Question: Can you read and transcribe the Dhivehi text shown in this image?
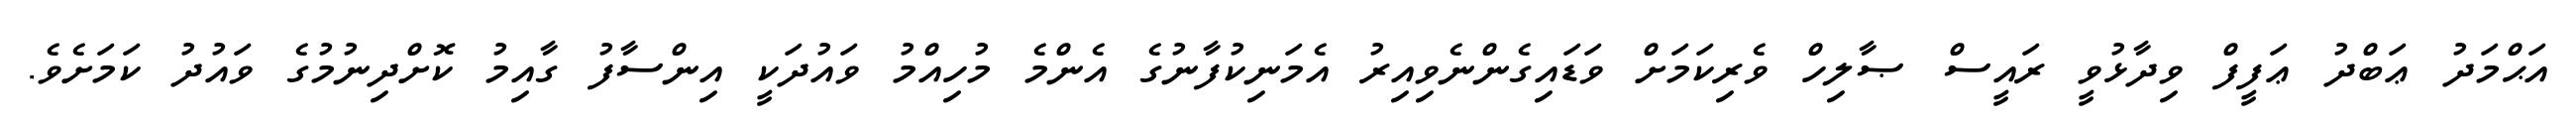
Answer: އަޙްމަދު ޢަބްދު ޢަފީފް ވިދާޅުވީ ރައީސް ޞާލިހް ވެރިކަމަށް ވަޑައިގެންނެވިއިރު އެމަނިކުފާނުގެ އެންމެ މުހިއްމު ވައުދަކީ އިންސާފު ގާއިމު ކޮށްދިނުމުގެ ވައުދު ކަމަށެވެ.